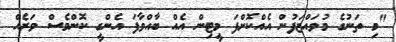
"މި ތަނުގެ މުވައްޒަފުން އެއްކޮށްފަ މީޓިން އެއް ބާއްވާފަ އެންގީ ކޮންމެސް ވަރެއް